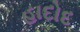
હાદોદ